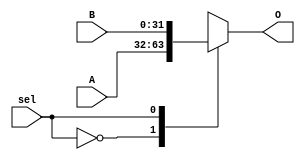
`timescale 1ns / 1ps
//////////////////////////////////////////////////////////////////////////////////
// Company: 
// Engineer: 
// 
// Design Name: 
// Module Name:    Mux2entradas 
// Project Name: 
// Target Devices: 
// Tool versions: 
// Description: 
//
// Dependencies: 
//
// Revision: 
// Revision 0.01 - File Created
// Additional Comments: 
//
//////////////////////////////////////////////////////////////////////////////////

/*
-Objetivo del mdulo
Utilizado para seleccionar entre dos condiciones

-Entradas
A: Primera entrada del mux 1'b0
B: Segunda entrada del mux 1'b1
sel: Seal de control para seleccionar entre las entradas

-Salida
O: Contiene el dato de alguna de las entradas, dependiendo de la seal de control

*/

module Mux2entradas(A, B, O, sel
    );
	//Definicion de entradas y salidas 
	input sel;
	input[31:0] A, B;
	output reg[31:0] O;

	//Descripcion del MUX
	always @(A, B, sel)
		begin
			case(sel)
			0: O = A;
			1: O = B;
			endcase
		end
	endmodule